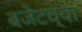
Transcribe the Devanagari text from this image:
बजेटच्या